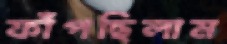
ফাঁপছিলাম